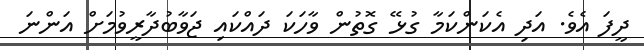
ދީފަ އެވެ. އަދި އެކަންކަމާ ގުޅޭ ގޮތުން ވާހަކަ ދައްކައި ޖަވާބުދާރީވުމަށް އަންނަ